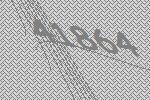
41864